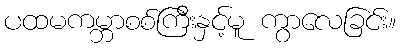
ပထမကမ္ဘာစစ်ကြီးနှင့်မူ ကွာလေခြင်း။